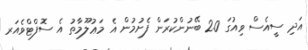
އަދި ސީއެސް ވިއުގަ 2.0 ބޭނުންކުރަން ފެށުމުން އެ މަޢުލޫމާތު އެ ސޮފްޓްވެއަރ